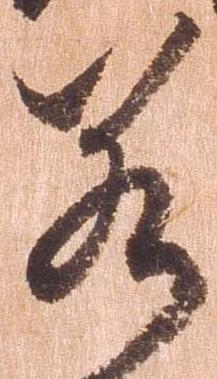
若